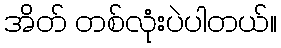
အိတ် တစ်လုံးပဲပါတယ်။